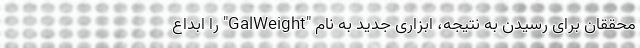
محققان برای رسیدن به نتیجه، ابزاری جدید به نام "GalWeight" را ابداع